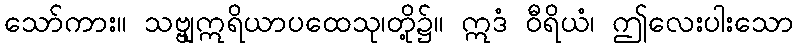
သော်ကား။ သဗ္ဗျဣရိယာပထေသု၊တို့၌။ ဣဒံ ဝီရိယံ၊ ဤလေးပါးသော